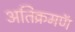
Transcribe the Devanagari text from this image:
अतिक्रमणॅ